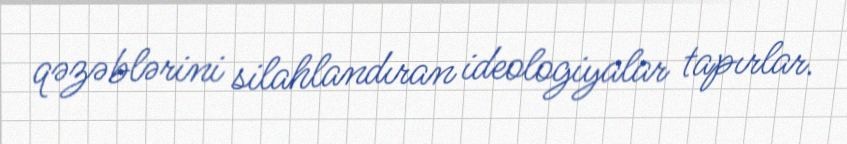
qəzəblərini silahlandıran ideologiyalar tapırlar.